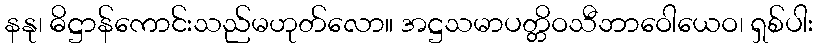
နနု၊ ဓိဋ္ဌာန်ကောင်းသည်မဟုတ်လော။ အဋ္ဌသမာပတ္တိဝသီဘာဝေါယေဝ၊ ရှစ်ပါး